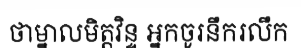
ថាម្នាលមិត្តវិន្ទ អ្នកចូរនឹករលឹក